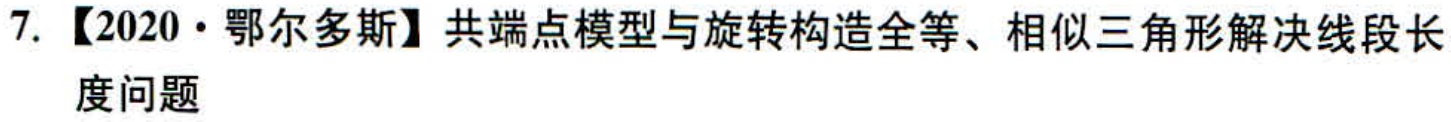
7. 【2020·鄂尔多斯】共端点模型与旋转构造全等、相似三角形解决线段长度问题